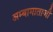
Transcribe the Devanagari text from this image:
अम्बामाताजी